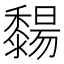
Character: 䵘